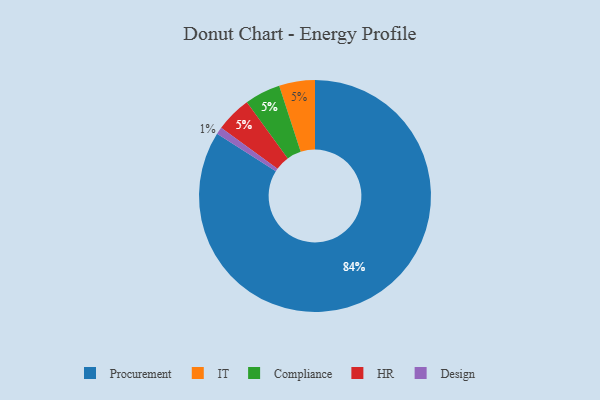
{"axis": {"x": "Category", "y": "Percentage"}, "legend": ["Compliance", "Design", "HR", "IT", "Procurement"], "data": [{"x": "Procurement", "y": 84, "type": "Procurement"}, {"x": "IT", "y": 5, "type": "IT"}, {"x": "Compliance", "y": 5, "type": "Compliance"}, {"x": "HR", "y": 5, "type": "HR"}, {"x": "Design", "y": 1, "type": "Design"}]}